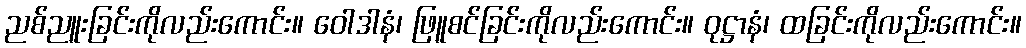
ညစ်ညူးခြင်းကိုလည်းကောင်း။ ဝေါဒါနံ၊ ဖြူစင်ခြင်းကိုလည်းကောင်း။ ဝုဋ္ဌာနံ၊ ထခြင်းကိုလည်းကောင်း။